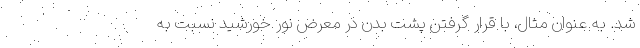
شد. به عنوان مثال، با قرار گرفتن پشت بدن در معرض نور خورشید نسبت به